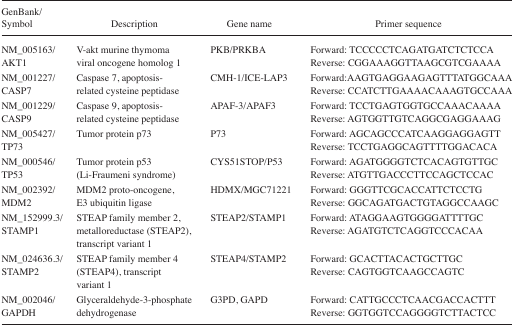
<table><thead><tr><td><b>GenBank/Symbol</b></td><td><b>Description</b></td><td><b>Gene name</b></td><td><b>Primer sequence</b></td></tr></thead><tbody><tr><td>NM_005163/AKT1</td><td>V-akt murine thymoma viral oncogene homolog 1</td><td>PKB/PRKBA</td><td>Forward: TCCCCCTCAGATGATCTCTCCAReverse: CGGAAAGGTTAAGCGTCGAAAA</td></tr><tr><td>NM_001227/CASP7</td><td>Caspase 7, apoptosis- related cysteine peptidase</td><td>CMH-1/ICE-LAP3</td><td>Forward: AAGTGAGGAAGAGTTTATGGCAAAReverse: CCATCTTGAAAACAAAGTGCCAAA</td></tr><tr><td>NM_001229/CASP9</td><td>Caspase 9, apoptosis- related cysteine peptidase</td><td>APAF-3/APAF3</td><td>Forward: TCCTGAGTGGTGCCAAACAAAAReverse: AGTGGTTGTCAGGCGAGGAAAG</td></tr><tr><td>NM_005427/TP73</td><td>Tumor protein p73</td><td>P73</td><td>Forward: AGCAGCCCATCAAGGAGGAGTTReverse: TCCTGAGGCAGTTTTGGACACA</td></tr><tr><td>NM_000546/TP53</td><td>Tumor protein p53 (Li-Fraumeni syndrome)</td><td>CYS51STOP/P53</td><td>Forward: AGATGGGGTCTCACAGTGTTGCReverse: ATGTTGACCCTTCCAGCTCCAC</td></tr><tr><td>NM_002392/MDM2</td><td>MDM2 proto-oncogene, E3 ubiquitin ligase</td><td>HDMX/MGC71221</td><td>Forward: GGGTTCGCACCATTCTCCTGReverse: GGCAGATGACTGTAGGCCAAGC</td></tr><tr><td>NM_152999.3/STAMP1</td><td>STEAP family member 2, metalloreductase (STEAP2), transcript variant 1</td><td>STEAP2/STAMP1</td><td>Forward: ATAGGAAGTGGGGATTTTGCReverse: AGATGTCTCAGGTCCCACAA</td></tr><tr><td>NM_024636.3/STAMP2</td><td>STEAP family member 4 (STEAP4), transcript variant 1</td><td>STEAP4/STAMP2</td><td>Forward: GCACTTACACTGCTTGCReverse: CAGTGGTCAAGCCAGTC</td></tr><tr><td>NM_002046/GAPDH</td><td>Glyceraldehyde-3-phosphate dehydrogenase</td><td>G3PD, GAPD</td><td>Forward: CATTGCCCTCAACGACCACTTTReverse: GGTGGTCCAGGGGTCTTACTCC</td></tr></tbody></table>